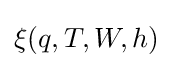
\xi (q,T,W,h)